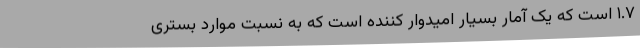
۱.۷ است که یک آمار بسیار امیدوار کننده است که به نسبت موارد بستری